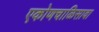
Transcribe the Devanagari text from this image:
एकोणचाळिसावा